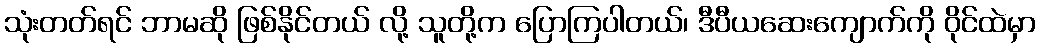
သုံးတတ်ရင် ဘာမဆို ဖြစ်နိုင်တယ် လို့ သူတို့က ပြောကြပါတယ်၊ ဒီပီယဆေးကျောက်ကို ဝိုင်ထဲမှာ